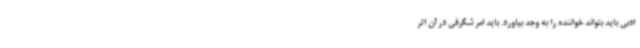
ادبی باید بتواند خواننده را به وجد بیاورد. باید امر شگرفی در آن اثر